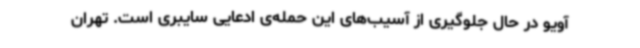
آویو در حال جلوگیری از آسیب‌های این حمله‌ی ادعایی سایبری است. تهران